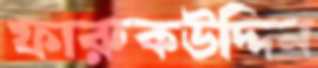
ফারুকউদ্দিন